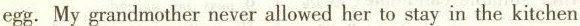
egg. My grandmother never allowed her to stay in the kitchen